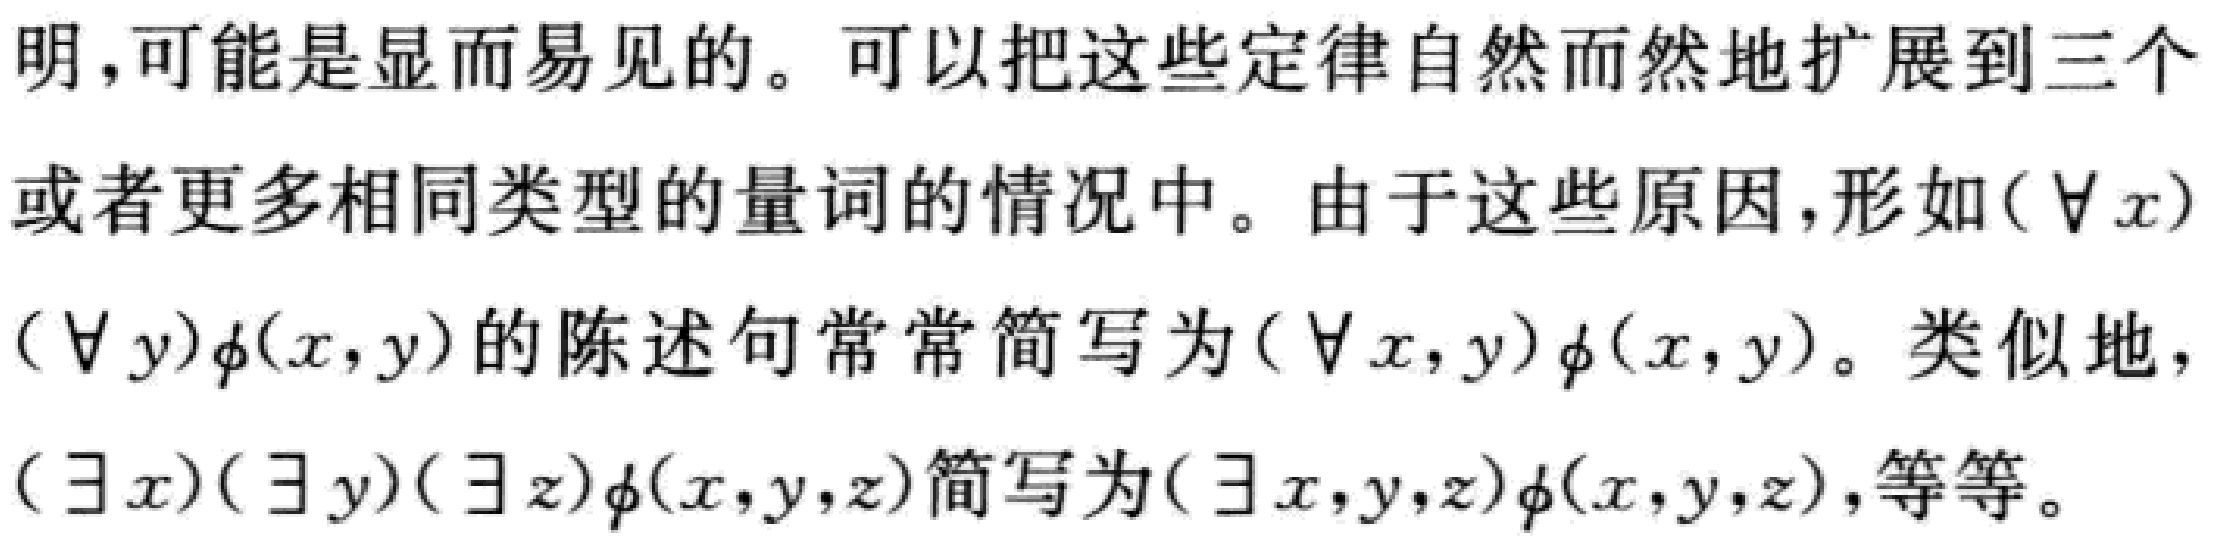
明,可能是显而易见的。可以把这些定律自然而然地扩展到三个或者更多相同类型的量词的情况中。由于这些原因,形如$(\forall x)(\forall y)\phi(x,y)$的陈述句常常简写为$(\forall x,y)\phi(x,y)$。类似地,$(\exists x)(\exists y)(\exists z)\phi(x,y,z)$简写为$(\exists x,y,z)\phi(x,y,z)$,等等。